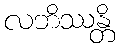
လဘိဿန္တိ